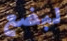
لبضع